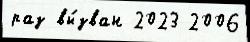
раз вы́зван 2023 2006